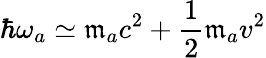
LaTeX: \hbar\omega_{a}\simeq\mathfrak{m}_{a}c^{2}+\frac{{1}}{{2}}\mathfrak{m}_{a}v^{2}